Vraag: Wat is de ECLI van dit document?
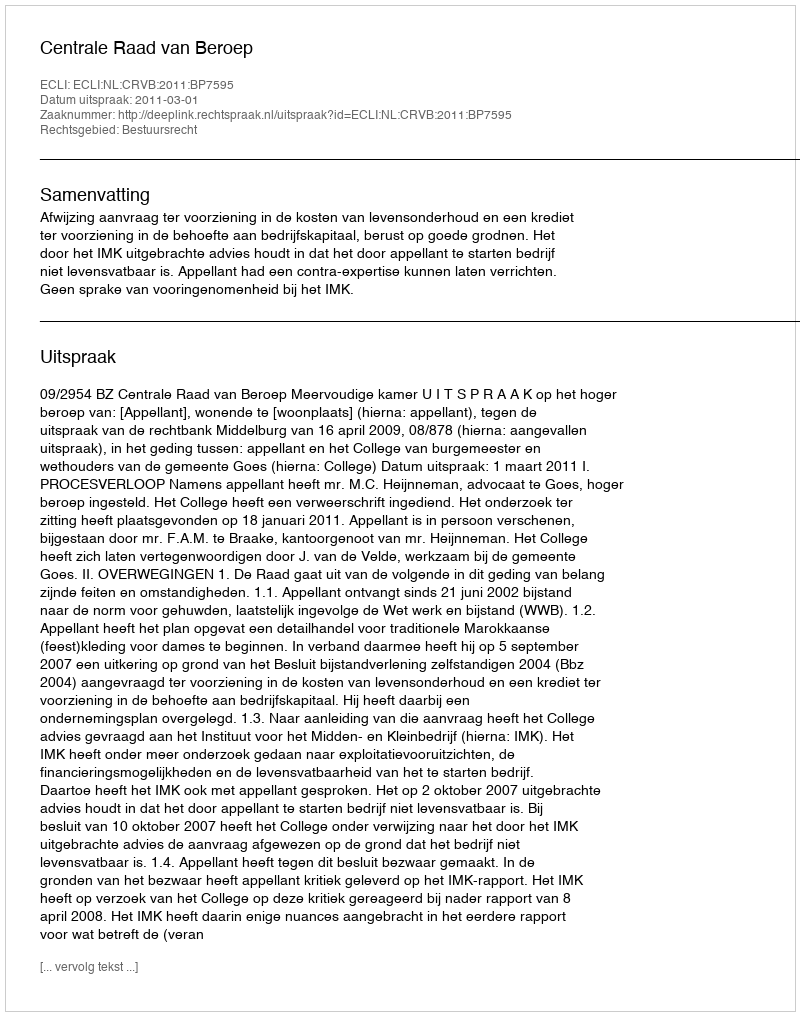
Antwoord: ECLI:NL:CRVB:2011:BP7595